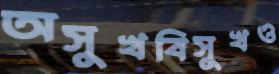
অসুখবিসুখও